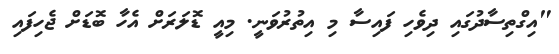
"އިގްތިސާދުގައި ދިވެހި ފައިސާ މި އިތުރުވަނީ. މިއީ ޑޮލަރަށް އެހާ ބޮޑަށް ޖެހިފައި